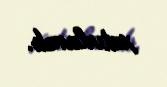
xatırlanıb.